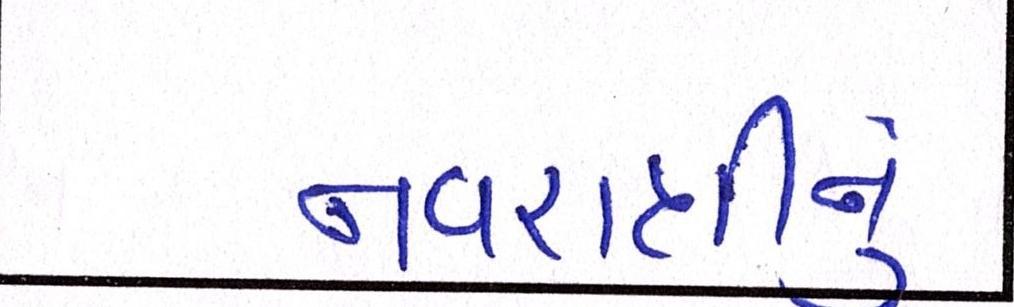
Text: નવરાત્રીનું